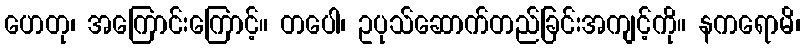
ဟေတု၊ အကြောင်းကြောင့်။ တပေါ၊ ဥပုသ်ဆောက်တည်ခြင်းအကျင့်ကို။ နကရောမိ၊